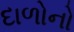
દાળોનો